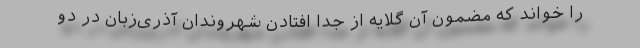
را خواند که مضمون آن گلایه از جدا افتادن شهروندان آذری‌زبان در دو